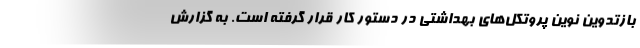
بازتدوین نوین پروتکل‌های بهداشتی در دستور کار قرار گرفته است. به گزارش